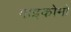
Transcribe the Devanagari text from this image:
गाइकोमो